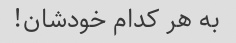
به هر کدام خودشان!